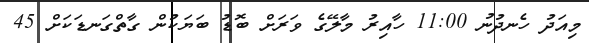
މިއަދު ހެނދުނު 11:00 ހާއިރު މާލޭގެ ވަރަށް ބޮޑު ބަޔަކުން ގާތްގަނޑަކަށް 45